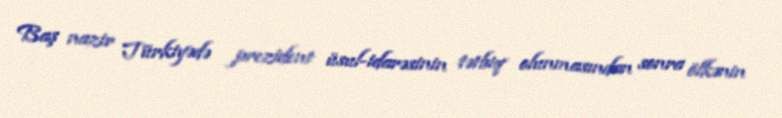
Baş nazir Türkiyədə prezident üsul-idarəsinin tətbiq olunmasından sonra ölkənin